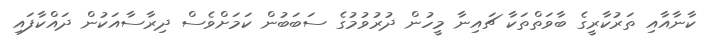
ކާނާއާއި ތަރުކާރީގެ ބާވަތްތަކާ ޗައިނާ މީހުން ދުރުވުމުގެ ސަބަބުން ކަމަށްވެސް ދިރާސާއަކުން ދައްކާފައި